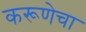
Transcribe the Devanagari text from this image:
करूणेचा